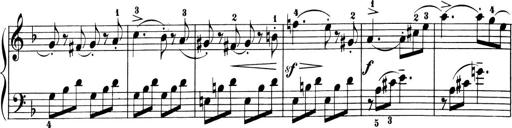
Title: 6 Piano Sonatinas
Composer: Cornelius Gurlitt